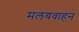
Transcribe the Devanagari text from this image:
मलयवाहन